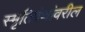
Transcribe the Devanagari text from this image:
स्मृतिग्रंथांवरील